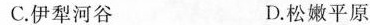
C.伊犁河谷 D.松嫩平原